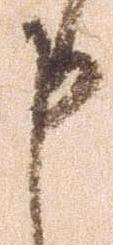
申